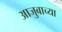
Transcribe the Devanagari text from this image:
आजुबाच्या